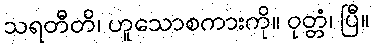
သရတီတိ၊ ဟူသောစကားကို။ ဝုတ္တံ၊ ပြီ။